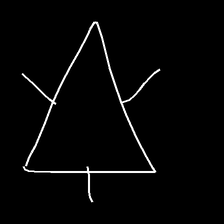
Glyph: fire